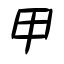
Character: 甲